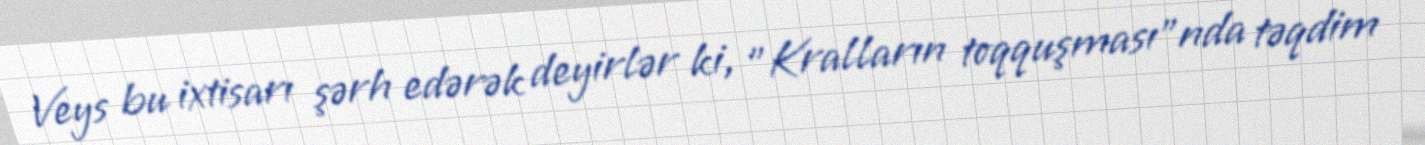
Veys bu ixtisarı şərh edərək deyirlər ki, "Kralların toqquşması"nda təqdim